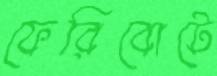
ফেরিবোটে